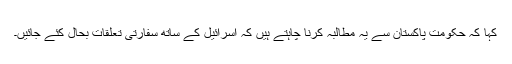
کہا کہ حکومت پاکستان سے یہ مطالبہ کرنا چاہتے ہیں کہ اسرائیل کے ساتھ سفارتی تعلقات بحال کئے جائیں۔